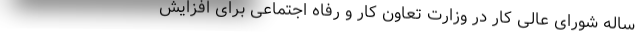
ساله شورای عالی کار در وزارت تعاون کار و رفاه اجتماعی برای افزایش